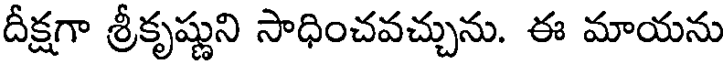
దీక్షగా శ్రీకృష్ణుని సాధించవచ్చును. ఈ మాయను